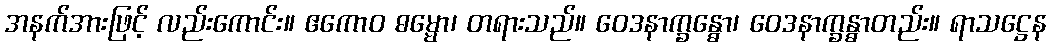
အနက်အားဖြင့် လည်းကောင်း။ ဧကောဝ ဓမ္မော၊ တရားသည်။ ဝေဒနာက္ခန္ဓော၊ ဝေဒနာက္ခန္ဓာတည်း။ ရာသဋ္ဌေန